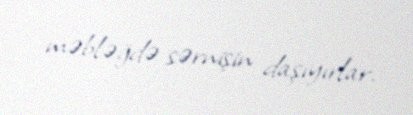
məbləğdə sərnişin daşıyırlar.